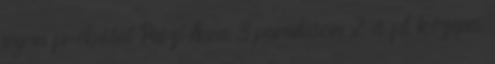
fogom próbálni Puszi:Anna 3 paradicsom 2 és fél közepes